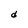
Character: d